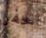
حفر